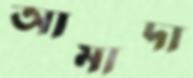
আমাদা